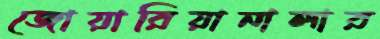
জোয়ারিয়ানালার